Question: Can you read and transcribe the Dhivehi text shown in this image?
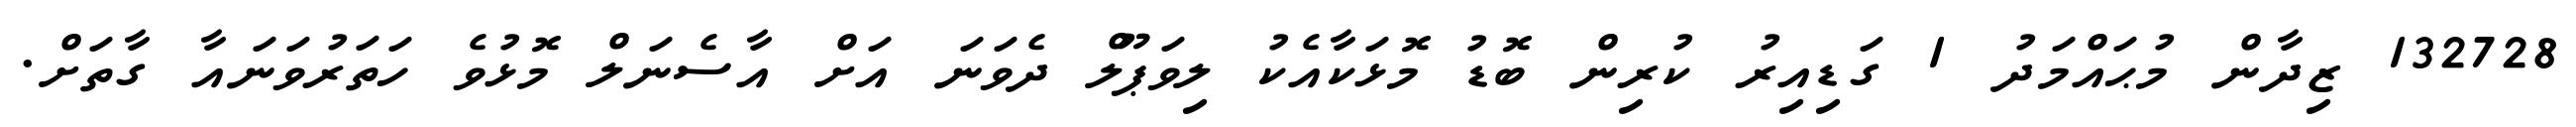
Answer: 132728 ޒިދާން މުޙައްމަދު 1 ގަޑިއިރު ކުރިން ބޮޑު މޮޅަކާއެކު ލިވަޕޫލް ދެވަނަ އަށް އާސެނަލް މޮޅުވެ ހަތަރުވަނައާ ގާތަށް.